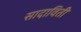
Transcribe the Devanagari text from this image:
सादाविती